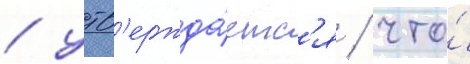
/ утв'ержда́етс'я / что́